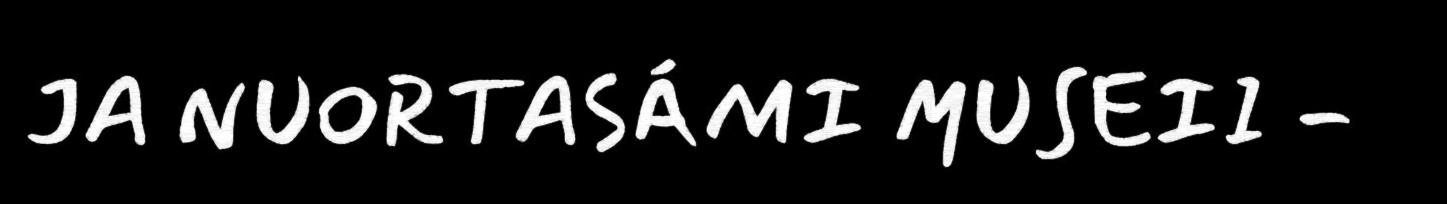
JA NUORTASÁMI MUSEII -